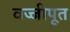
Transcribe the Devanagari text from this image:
वज्जीपूत